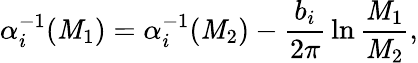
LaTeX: \alpha_{i}^{-1}(\mathit{M}_{1})=\alpha_{i}^{-1}(\mathit{M}_{2})-{\frac{{b_{i}}}{{2\pi}}}\ln{\frac{{\mathit{M}_{1}}}{{\mathit{M}_{2}}}},